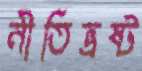
নীতিভ্রষ্ট